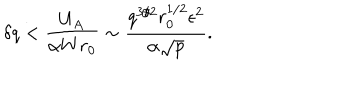
\delta q < { \frac { U _ { A } } { \alpha W r _ { 0 } } } \sim { \frac { q ^ { 3 / 2 } r _ { 0 } ^ { 1 / 2 } \epsilon ^ { 2 } } { \alpha \sqrt { p } } } .